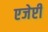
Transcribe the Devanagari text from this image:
एजेप्टी